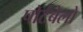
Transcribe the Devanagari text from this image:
पोर्टबेलो